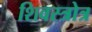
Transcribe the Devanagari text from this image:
शिवस्त्रोत्र